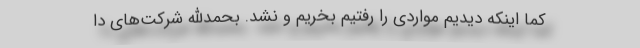
کما اینکه دیدیم مواردی را رفتیم بخریم و نشد. بحمدالله شرکت‌های دا